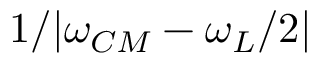
1 / | \omega _ { C M } - \omega _ { L } / 2 |